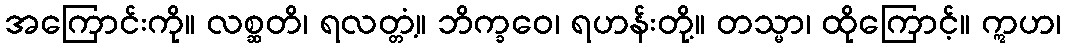
အကြောင်းကို။ လစ္ဆတိ၊ ရလတ္တံ့။ ဘိက္ခဝေ၊ ရဟန်းတို့။ တသ္မာ၊ ထိုကြောင့်။ ဣဟ၊